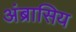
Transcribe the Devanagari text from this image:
अंब्रासिय